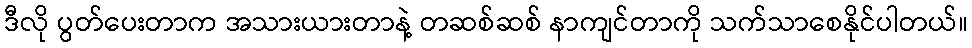
ဒီလို ပွတ်ပေးတာက အသားယားတာနဲ့ တဆစ်ဆစ် နာကျင်တာကို သက်သာစေနိုင်ပါတယ်။